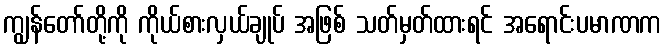
ကျွန်တော်တို့ကို ကိုယ်စားလှယ်ချုပ် အဖြစ် သတ်မှတ်ထားရင် အရောင်းပမာဏက